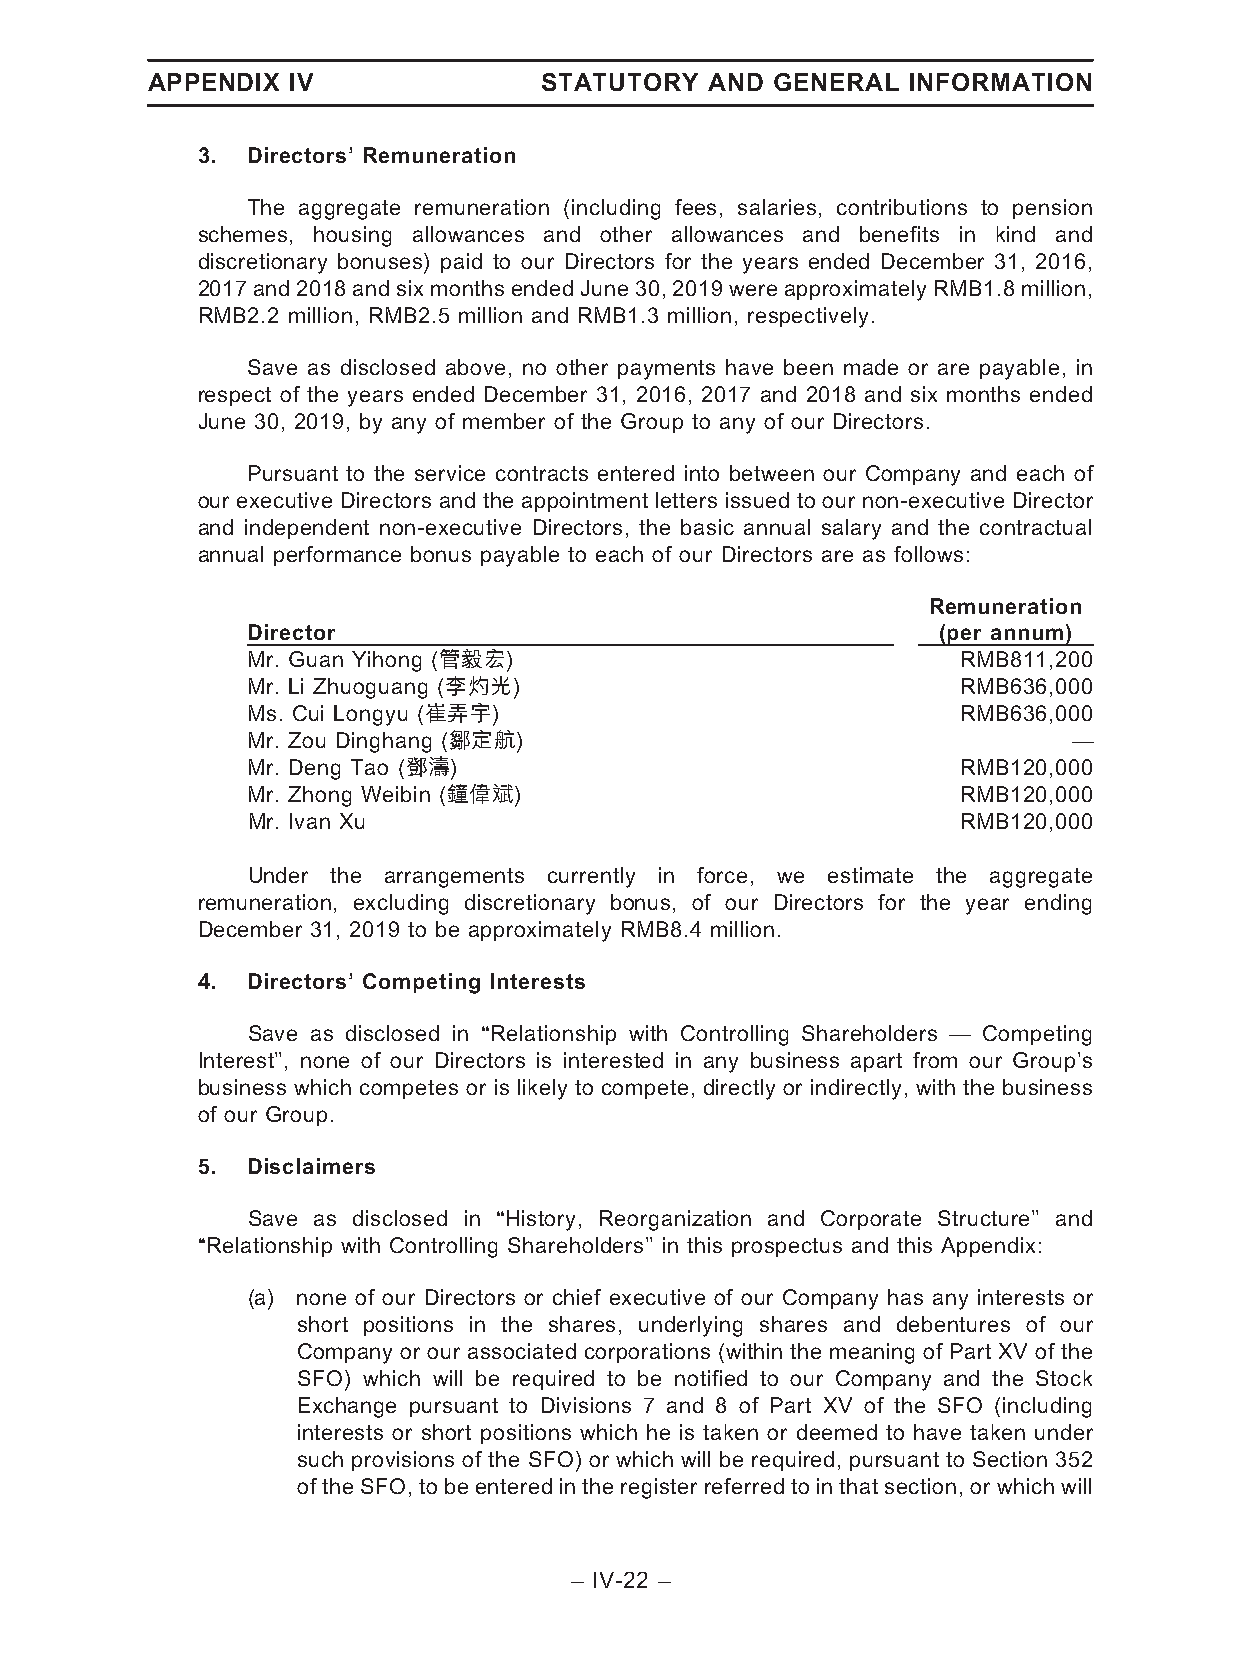
APPENDIX IV               STATUTORY  AND GENERAL  INFORMATION
 3. Directors’ Remuneration
 The aggregate remuneration (including fees, salaries, contributions to pension
 schemes, housing allowances and other allowances and benefits in kind and
 discretionary bonuses) paid to our Directors for the years ended December 31, 2016,
 2017and2018andsixmonthsendedJune30,2019wereapproximatelyRMB1.8million,
 RMB2.2 million, RMB2.5 million and RMB1.3 million, respectively.
 Save as disclosed above, no other payments have been made or are payable, in
 respect of the years ended December 31, 2016, 2017 and 2018 and six months ended
 June 30, 2019, by any of member of the Group to any of our Directors.
 Pursuant to the service contracts entered into between our Company and each of
 our executive Directors and the appointment letters issued to our non-executive Director
 and independent non-executive Directors, the basic annual salary and the contractual
 annual performance bonus payable to each of our Directors are as follows:
 Remuneration
 Director                                      (per annum)
 Mr. Guan Yihong (管毅宏)                           RMB811,200
 Mr. Li Zhuoguang (李灼光)                          RMB636,000
 Ms. Cui Longyu (崔弄宇)                            RMB636,000
 Mr. Zou Dinghang (鄒定航)                                 —
 Mr. Deng Tao (鄧濤)                               RMB120,000
 Mr. Zhong Weibin (鐘偉斌)                          RMB120,000
 Mr. Ivan Xu                                     RMB120,000
 Under the arrangements currently in force, we estimate the aggregate
 remuneration, excluding discretionary bonus, of our Directors for the year ending
 December 31, 2019 to be approximately RMB8.4 million.
 4. Directors’ Competing Interests
 Save as disclosed in ‘‘Relationship with Controlling Shareholders — Competing
 Interest’’, none of our Directors is interested in any business apart from our Group’s
 business which competes or is likely to compete, directly or indirectly, with the business
 of our Group.
 5. Disclaimers
 Save as disclosed in ‘‘History, Reorganization and Corporate Structure’’ and
 ‘‘Relationship with Controlling Shareholders’’ in this prospectus and this Appendix:
 (a) none of our Directors or chief executive of our Company has any interests or
 short positions in the shares, underlying shares and debentures of our
 Company or our associated corporations (within the meaning of Part XV of the
 SFO) which will be required to be notified to our Company and the Stock
 Exchange pursuant to Divisions 7 and 8 of Part XV of the SFO (including
 interests or short positions which he is taken or deemed to have taken under
 such provisions of the SFO) or which will be required, pursuant to Section 352
 of the SFO, to be entered in the register referred to in that section, or which will
 – IV-22 –